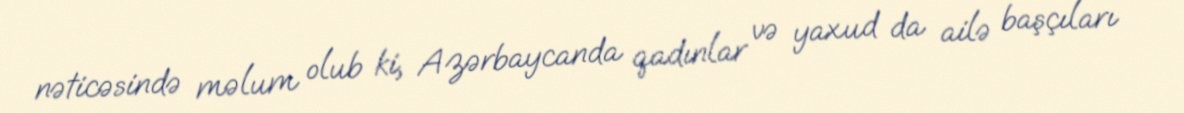
nəticəsində məlum olub ki, Azərbaycanda qadınlar və yaxud da ailə başçıları